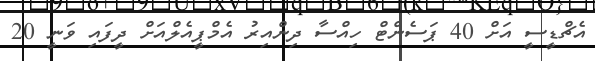
އެޗްޑީސީ އަށް 40 ޕަސެންޓް ހިއްސާ ދިންއިރު އެމްޕީއެލްއަށް ދީފައި ވަނީ 20